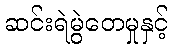
ဆင်းရဲမွဲတေမှုနှင့်